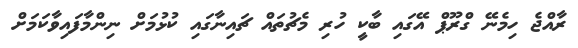
ރާއްޖެ ހިމެނޭ ގްރޫޕް އޭގައި ބާކީ ހުރި މެޗުތައް ޗައިނާގައި ކުޅުމަށް ނިންމާފައިވާކަމަށް